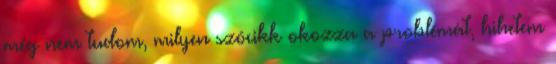
még nem tudom, milyen szócikk okozza a problémát, hihetem